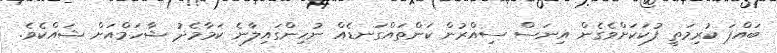
ބައްޕަ ކުރިމަތީ ފުކަކަށްވެގެން އިނަސް ސިއްރުން ކަންތައްގަނޑެއް ނުހިންގައިލާނެ ކަމާމެދު ޝާހަމްއަށް ޝައްކެވެ.